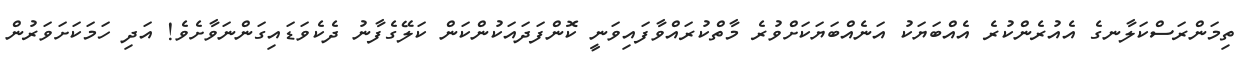
ތިމަންރަސްކަލާނގެ އެއުރެންކުރެ އެއްބަޔަކު އަނެއްބަޔަކަށްވުރެ މާތްކުރައްވާފައިވަނީ ކޮންފަދައަކުންކަން ކަލޭގެފާނު ދެކެވަޑައިގަންނަވާށެވެ! އަދި ހަމަކަށަވަރުން